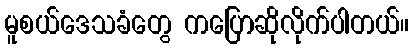
မူစယ်ဒေသခံတွေ ကပြောဆိုလိုက်ပါတယ်။